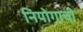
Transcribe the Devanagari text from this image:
नियोगाची